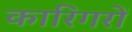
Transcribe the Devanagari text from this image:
कारिगरों